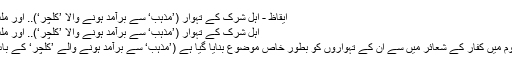
ايقاظ - اہلِ شرک کے تہوار (’مذہب‘ سے برآمد ہونے والا ’کلچر‘).. اور ملتِ توحید
اہلِ شرک کے تہوار (’مذہب‘ سے برآمد ہونے والا ’کلچر‘).. اور ملتِ توحید
حصہ سوم میں کفار کے شعائر میں سے ان کے تہواروں کو بطور خاص موضوع بنایا گیا ہے (’مذہب‘ سے برآمد ہونے والے ’کلچر‘ کے باب سے)۔